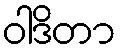
ဝါဒိတာ